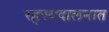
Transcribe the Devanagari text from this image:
रहस्यदालनात